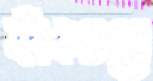
ফাঁকগুলো